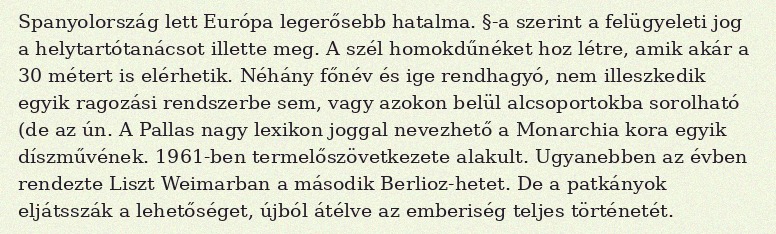
Spanyolország lett Európa legerősebb hatalma. §-a szerint a felügyeleti jog a helytartótanácsot illette meg. A szél homokdűnéket hoz létre, amik akár a 30 métert is elérhetik. Néhány főnév és ige rendhagyó, nem illeszkedik egyik ragozási rendszerbe sem, vagy azokon belül alcsoportokba sorolható (de az ún. A Pallas nagy lexikon joggal nevezhető a Monarchia kora egyik díszművének. 1961-ben termelőszövetkezete alakult. Ugyanebben az évben rendezte Liszt Weimarban a második Berlioz-hetet. De a patkányok eljátsszák a lehetőséget, újból átélve az emberiség teljes történetét.